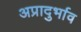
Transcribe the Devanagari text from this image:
अप्रादुर्भाव